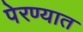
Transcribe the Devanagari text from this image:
पेरण्यात